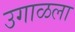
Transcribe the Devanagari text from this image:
उगाळला